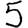
Digit: 5